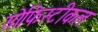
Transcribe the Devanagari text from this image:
सोफिस्टीकल